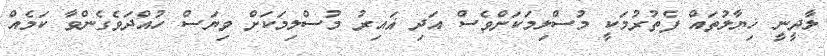
ލާދީނީ ޚިޔާލުތައް ފެތުރުމަކީ މުސްލިމަކަށްވެސް އަދި ޣައިރު މުސްލިމަކަށް ވިޔަސް ހުއްދަވެގެންވާ ކަމެއް